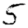
Digit: 5